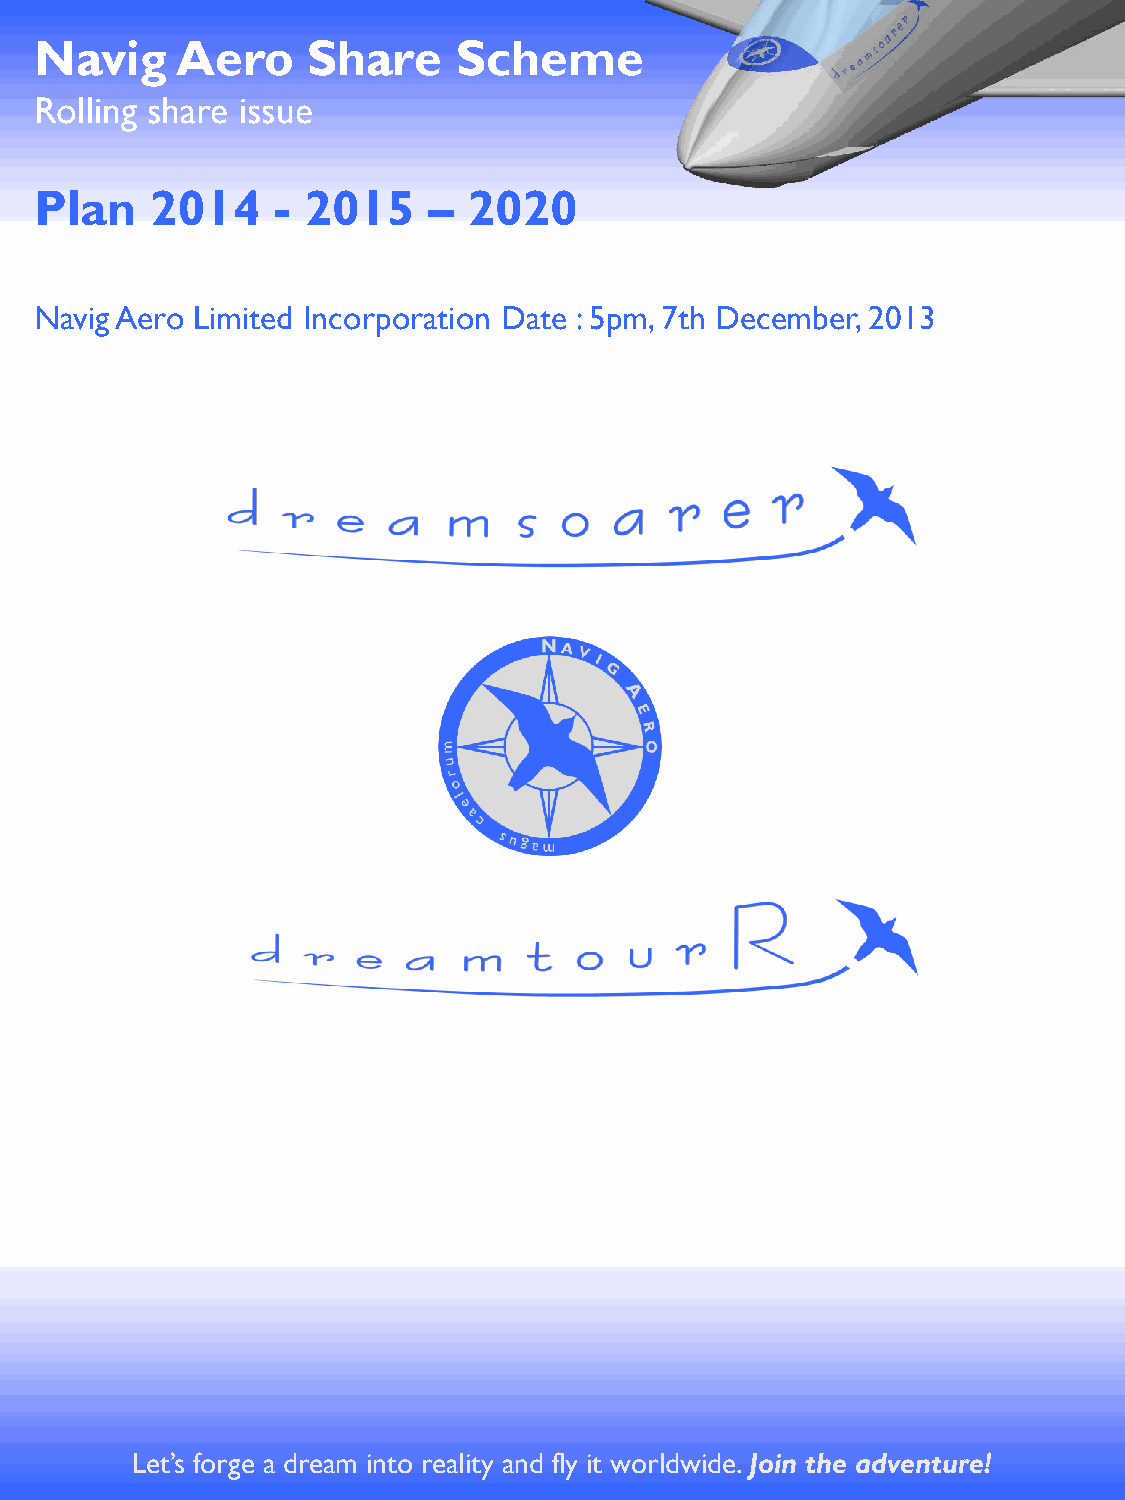
Navig     Aero    Share     Scheme
 Rolling share issue
 Plan    2014    - 2015    –  2020
 Navig Aero Limited Incorporation Date : 5pm, 7th December, 2013
 Let’s forP gr eo sa p ed cr te ua s m : i n Nto a vr i eg a lAit ey r oa n Ld i mf liy t ei td w o: r Cld ow p iyd r ei g. hJ to i Bn e tnh eC oa l dl i vn esnture!